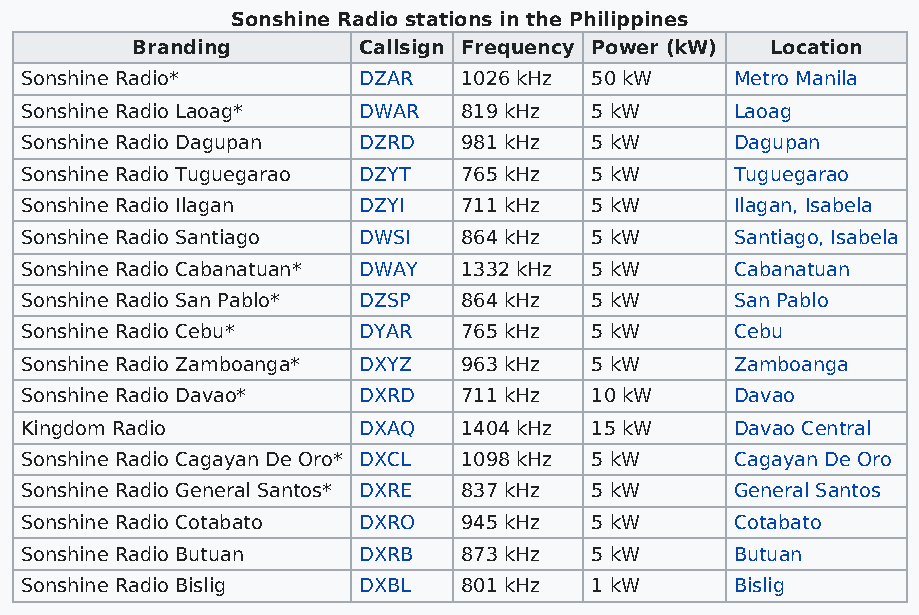
Sonshine Radio stations in the Philippines
 Branding       Callsign Frequency Power (kW) Location
 Sonshine Radio*        DZAR   1026 kHz 50 kW    Metro Manila
 Sonshine Radio Laoag*  DWAR   819 kHz 5 kW      Laoag
 Sonshine Radio Dagupan DZRD   981 kHz 5 kW      Dagupan
 Sonshine Radio Tuguegarao DZYT 765 kHz 5 kW     Tuguegarao
 Sonshine Radio Ilagan  DZYI   711 kHz 5 kW      Ilagan, Isabela
 Sonshine Radio Santiago DWSI  864 kHz 5 kW      Santiago, Isabela
 Sonshine Radio Cabanatuan* DWAY 1332 kHz 5 kW   Cabanatuan
 Sonshine Radio San Pablo* DZSP 864 kHz 5 kW     San Pablo
 Sonshine Radio Cebu*   DYAR   765 kHz 5 kW      Cebu
 Sonshine Radio Zamboanga* DXYZ 963 kHz 5 kW     Zamboanga
 Sonshine Radio Davao*  DXRD   711 kHz 10 kW     Davao
 Kingdom Radio          DXAQ   1404 kHz 15 kW    Davao Central
 Sonshine Radio Cagayan De Oro* DXCL 1098 kHz 5 kW Cagayan De Oro
 Sonshine Radio General Santos* DXRE 837 kHz 5 kW General Santos
 Sonshine Radio Cotabato DXRO  945 kHz 5 kW      Cotabato
 Sonshine Radio Butuan  DXRB   873 kHz 5 kW      Butuan
 Sonshine Radio Bislig  DXBL   801 kHz 1 kW      Bislig